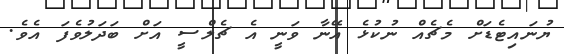
ޔުނައިޓެޑަށް މެޗެއް ނުކުޅެ އޭނާ ވަނީ އެ ޗެލްސީ އަށް ބަދަލުވެފަ އެވެ.